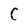
Character: C